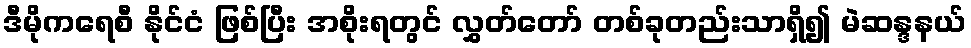
ဒီမိုကရေစီ နိုင်ငံ ဖြစ်ပြီး အစိုးရတွင် လွှတ်တော် တစ်ခုတည်းသာရှိ၍ မဲဆန္ဒနယ်